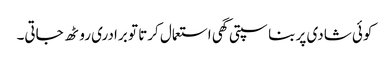
کوئی شادی پر بناسپتی گھی استعمال کرتا تو برادری روٹھ جاتی۔